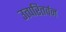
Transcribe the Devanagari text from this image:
उत्परितर्वन